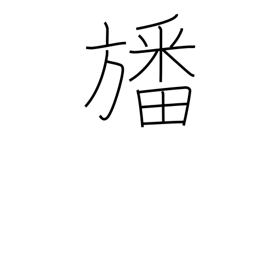
Meaning: a pennant